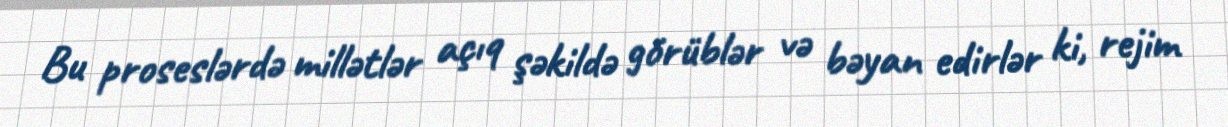
Bu proseslərdə millətlər açıq şəkildə görüblər və bəyan edirlər ki, rejim